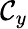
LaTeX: {\cal C}_{y}